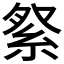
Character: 𮈏